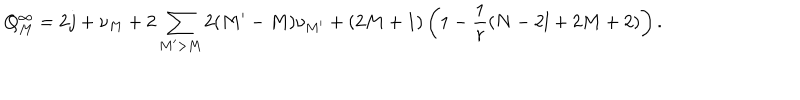
Q _ { M } ^ { \infty } = 2 j + \nu _ { M } + 2 \sum _ { M ^ { \prime } > M } 2 ( M ^ { \prime } - M ) \nu _ { M ^ { \prime } } + ( 2 M + 1 ) \left( 1 - \frac { 1 } { r } ( N - 2 l + 2 M + 2 ) \right) .